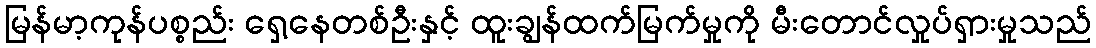
မြန်မာ့ကုန်ပစ္စည်း ရှေ့နေတစ်ဦးနှင့် ထူးချွန်ထက်မြက်မှုကို မီးတောင်လှုပ်ရှားမှုသည်